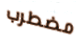
مضطرب